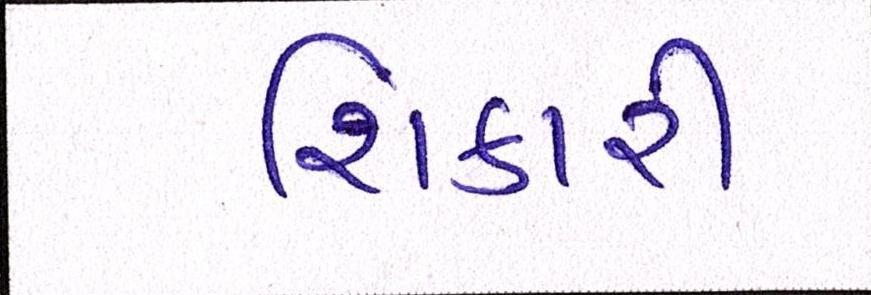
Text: શિકારી